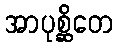
အာပုစ္ဆိတေ